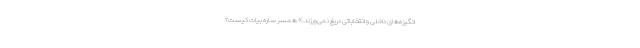
انگیزه‌های داخلی و انتخاباتی دریغ نمی‌ورزند.» همسر ساره بیات کیست؟